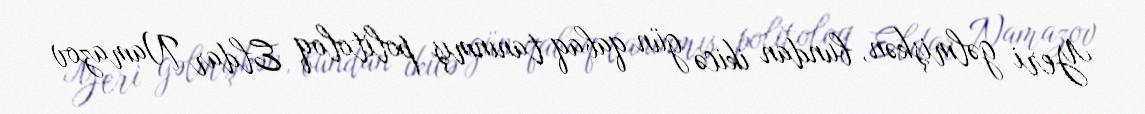
Yeri gəlmişkən, bundan ikicə gün qabaq tanınmış politoloq Eldar Namazov